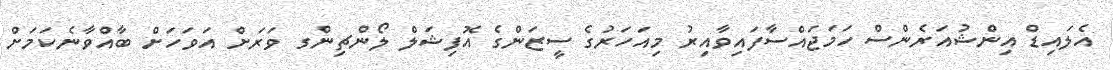
އެލައިޑް އިންޝުއަރެންސް ހަމަޖައްސާފައިވާއިރު މިއަހަރުގެ ސީޒަންގެ އޮފިޝަލް ލޯންޗިންގ ވަރަށް އަވަހަށް ބާއްވާނެކަމަށް